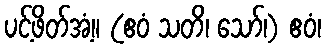
ပင့်ဖိတ်အံ့။ (ဧဝံ သတိ၊ သော်၊) ဧဝံ၊